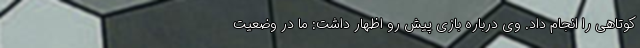
کوتاهی را انجام داد. وی درباره بازی پیش رو اظهار داشت: ما در وضعیت